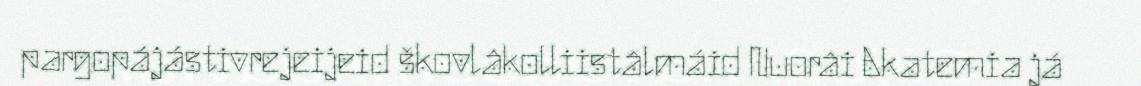
pargopájástivrejeijeid škovlâkolliistâlmáid Nuorâi Akatemia já